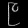
Digit: ၉